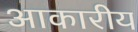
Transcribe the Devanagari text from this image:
आकारीय